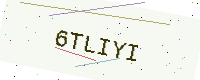
Text: 6TLIYI